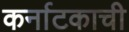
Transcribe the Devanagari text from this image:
कर्नाटकाची